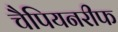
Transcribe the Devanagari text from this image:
चैपियनरीफ